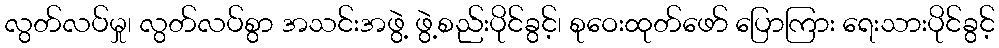
လွတ်လပ်မှု၊ လွတ်လပ်စွာ အသင်းအဖွဲ့ ဖွဲ့စည်းပိုင်ခွင့်၊ စုဝေးထုတ်ဖော် ပြောကြား ရေးသားပိုင်ခွင့်